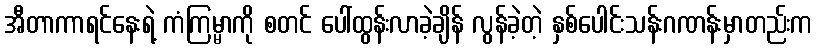
အီတာကာရင်နေးရဲ့ ကံကြမ္မာကို စတင် ပေါ်ထွန်းလာခဲ့ချိန် လွန်ခဲ့တဲ့ နှစ်ပေါင်းသန်းဂဏန်းမှာတည်းက